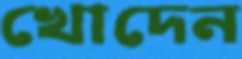
খোদেন